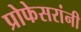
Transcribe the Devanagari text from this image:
प्रोफेसरांनी